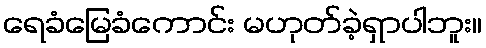
ရေခံမြေခံကောင်း မဟုတ်ခဲ့ရှာပါဘူး။